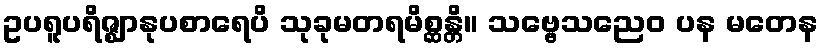
ဥပရူပရိဇ္ဈာနုပစာရေပိ သုခုမတရမိစ္ဆန္တိ။ သဗ္ဗေသညေဝ ပန မတေန